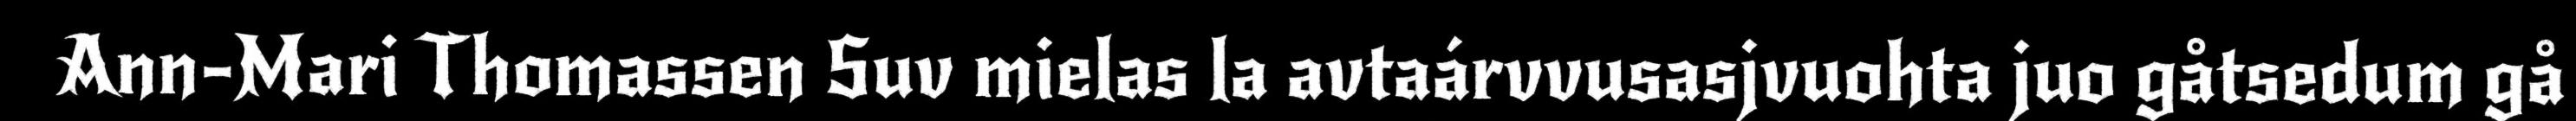
Ann-Mari Thomassen Suv mielas la avtaárvvusasjvuohta juo gåtsedum gå